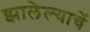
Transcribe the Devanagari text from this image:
झालेल्याचें